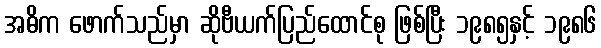
အဓိက ဖောက်သည်မှာ ဆိုဗီယက်ပြည်ထောင်စု ဖြစ်ပြီး ၁၉၈၅နှင့် ၁၉၈၆